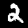
Digit: 2